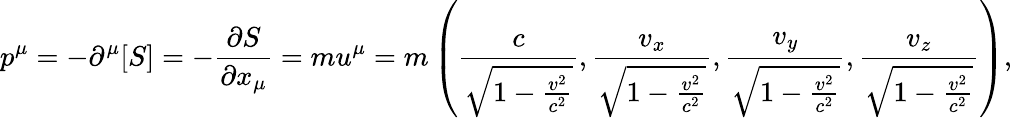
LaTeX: p^{\mu}=-\partial^{\mu}[S]=-{\frac{\partial S}{\partial x_{\mu}}}=mu^{\mu}=m\left({\frac{c}{\sqrt{1-{\frac{v^{2}}{c^{2}}}}}},{\frac{v_{x}}{\sqrt{1-{\frac{v^{2}}{c^{2}}}}}},{\frac{v_{y}}{\sqrt{1-{\frac{v^{2}}{c^{2}}}}}},{\frac{v_{z}}{\sqrt{1-{\frac{v^{2}}{c^{2}}}}}}\right),